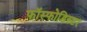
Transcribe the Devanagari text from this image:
फॉस्फोडिस्टर